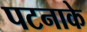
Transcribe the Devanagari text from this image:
पटनाके